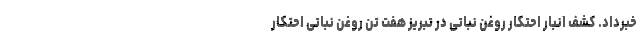
خبرداد. کشف انبار احتکار روغن نباتی در تبریز هفت تن روغن نباتی احتکار